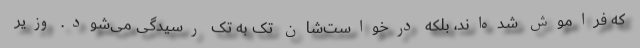
که فراموش شده‌اند، بلکه درخواست‌شان تک به تک رسیدگی می‌شود. وزیر